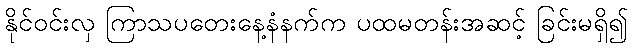
နိုင်ဝင်းလှ ကြာသပတေးနေ့နံနက်က ပထမတန်းအဆင့် ခြင်းမရှိ၍